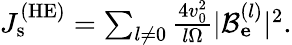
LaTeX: \begin{array}{r}{J_{\mathrm{s}}^{\mathrm{(HE)}}=\sum_{l\neq 0}\frac{4v_{0}^{2}}{l\Omega}|\mathcal{B}_{\mathbf e}^{(l)}|^{2}.}\end{array}